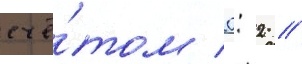
счё́том 0: 2 //